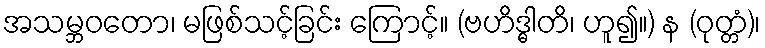
အသမ္ဘဝတော၊ မဖြစ်သင့်ခြင်း ကြောင့်။ (ဗဟိဒ္ဓါတိ၊ ဟူ၍။) န (ဝုတ္တံ)၊